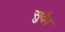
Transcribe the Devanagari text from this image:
सुदैव